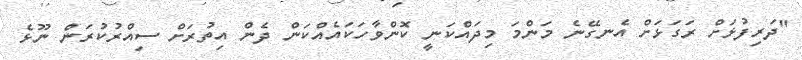
''ދަރިފުޅަށް ރަގަޅަށް އެނގޭނެ މަންމަ މިދައްކަނީ ކޮންވާހަކައެއްކަން ދެން އިތުރަށް ސިއްރުކުރަން ނޫޅެ